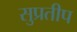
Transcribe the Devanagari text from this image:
सुप्रतीप